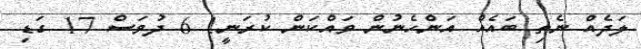
ލަދެއް ނެތި ބައެއް އަންހެނުން ވައްކަން ކުރަނީ! 6 ދުވަސް 17 ގަޑި